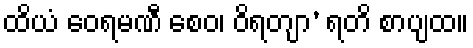
ထိယံ ဝေရမဏီ စေဝ၊ ဝိရတျာ’ ရတိ စာပျထ။